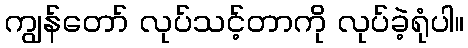
ကျွန်တော် လုပ်သင့်တာကို လုပ်ခဲ့ရုံပါ။